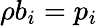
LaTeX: \rho b_{i}=p_{i}\,